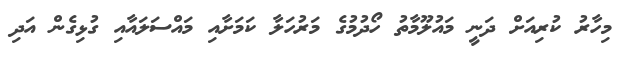
މިހާރު ކުރިއަށް ދަނީ މައުލޫމާތު ހޯދުމުގެ މަރުހަލާ ކަމަށާއި މައްސަލައާއި ގުޅިގެން އަދި